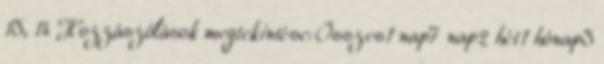
13, 14 Hozzászólások megtekintése: Összes1 nap7 nap2 hét1 hónap3